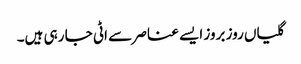
گلیاں روز بروز ایسے عناصر سے اٹی جا رہی ہیں۔